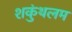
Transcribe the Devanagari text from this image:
शकुंथलम